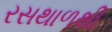
રસથાળથી